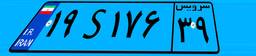
۱۹S۱۷۶۳۹